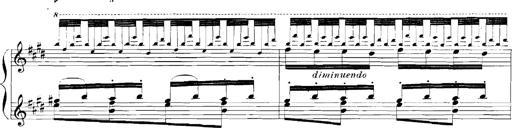
Title: Rhapsodies hongroises
Composer: Franz Liszt